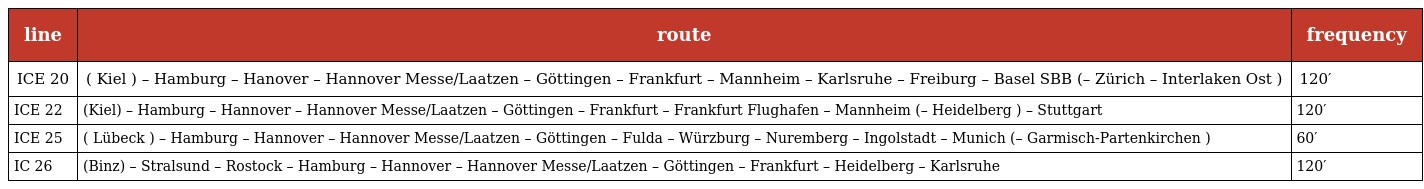
| line | route | frequency |
 | --- | --- | --- |
 | ICE 20 | ( Kiel ) – Hamburg – Hanover – Hannover Messe/Laatzen – Göttingen – Frankfurt – Mannheim – Karlsruhe – Freiburg – Basel SBB (– Zürich – Interlaken Ost ) | 120′ |
 | ICE 22 | (Kiel) – Hamburg – Hannover – Hannover Messe/Laatzen – Göttingen – Frankfurt – Frankfurt Flughafen – Mannheim (– Heidelberg ) – Stuttgart | 120′ |
 | ICE 25 | ( Lübeck ) – Hamburg – Hannover – Hannover Messe/Laatzen – Göttingen – Fulda – Würzburg – Nuremberg – Ingolstadt – Munich (– Garmisch-Partenkirchen ) | 60′ |
 | IC 26 | (Binz) – Stralsund – Rostock – Hamburg – Hannover – Hannover Messe/Laatzen – Göttingen – Frankfurt – Heidelberg – Karlsruhe | 120′ |